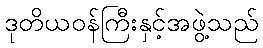
ဒုတိယဝန်ကြီးနှင့်အဖွဲ့သည်